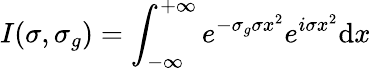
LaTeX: I(\sigma,\sigma_{g})=\int_{-\infty}^{+\infty}e^{-\sigma_{g}\sigma x^{2}}e^{i\sigma x^{2}}\mathrm{d}x